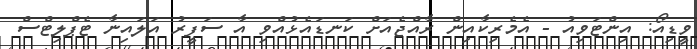
ވީޑިއޯ: އިންޓަވިއު - އެމެރިކާއިން ރާއްޖެއަށް ކަނޑައެޅުއްވި އާ ސަފީރު އަލައިނާ ޓެޕްލިޓްސް